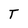
Character: T